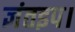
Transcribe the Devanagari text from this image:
ज्ञंतइप।